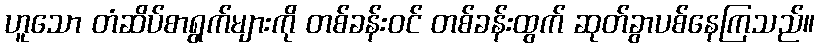
ဟူသော တံဆိပ်စာရွက်များကို တစ်ခန်းဝင် တစ်ခန်းထွက် ဆုတ်ခွာပစ်နေကြသည်။